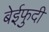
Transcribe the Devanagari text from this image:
बेईफुदी